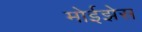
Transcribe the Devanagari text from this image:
मोईझेस